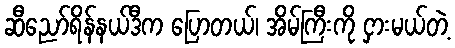
ဆီညော်ရိန်နယ်ဒီက ပြောတယ်၊ အိမ်ကြီးကို ငှားမယ်တဲ့